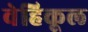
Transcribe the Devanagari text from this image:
वेहिकूल